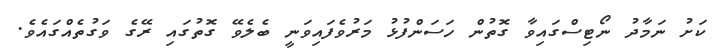
ކަށު ނަމާދު ނޯޓިސްގައިވާ ގޮތުން ހަސަންފުޅު މަރުވެފައިވަނީ ބެލެވޭ ގޮތުގައި ރޭގެ ވަގުތެއްގައެވެ.